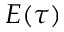
E ( \tau )